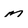
Character: m